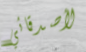
لأصدقائي